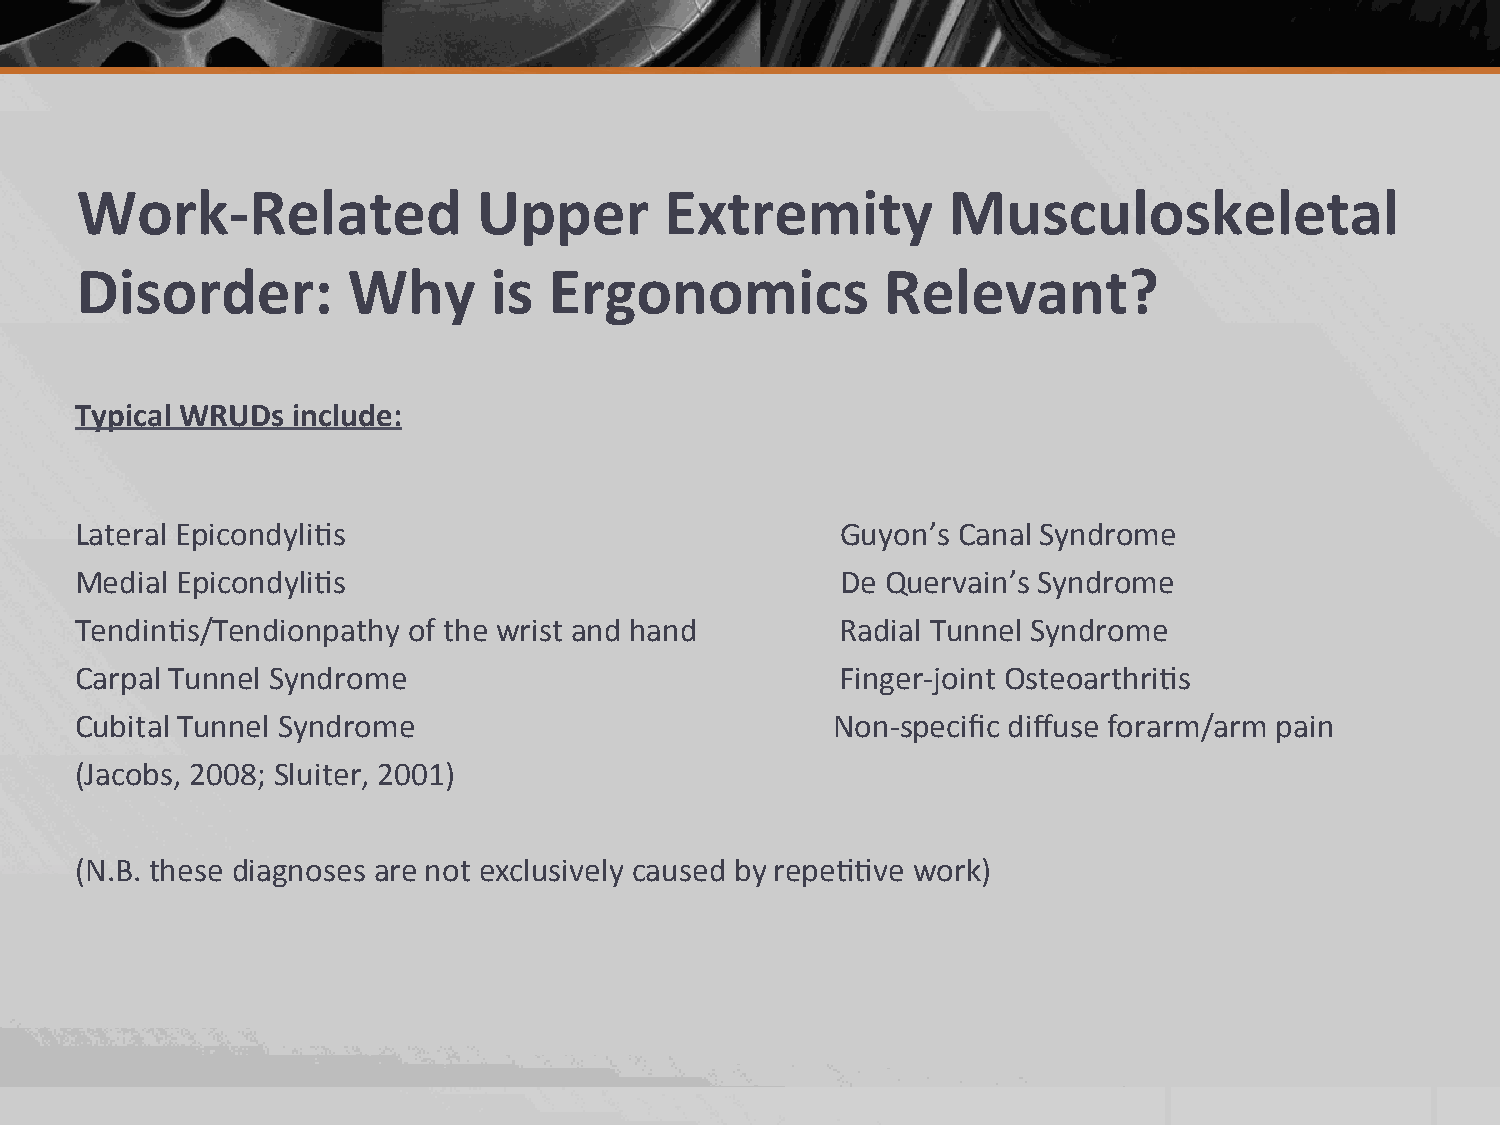
Work-­‐Related             Upper       Extremity          Musculoskeletal
 Disorder:         Why      is  Ergonomics             Relevant?
 Typical WRUDs include:
 Lateral Epicondyli2s                               Guyon’s Canal Syndrome
 Medial Epicondyli2s                                De Quervain’s Syndrome
 Tendin2s/Tendionpathy of the wrist and hand        Radial Tunnel Syndrome
 Carpal Tunnel Syndrome                             Finger-­‐joint Osteoarthri2s
 Cubital Tunnel Syndrome                           Non-­‐specific diffuse forarm/arm pain
 (Jacobs, 2008; Sluiter, 2001)
 (N.B. these diagnoses are not exclusively caused by repe22ve work)